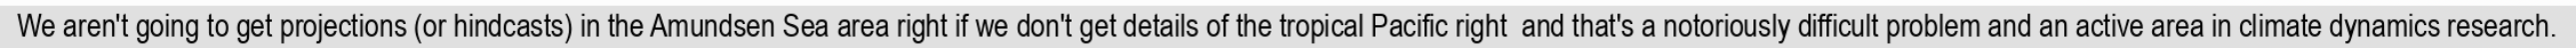
We aren't going to get projections (or hindcasts) in the Amundsen Sea area right if we don't get details of the tropical Pacific right  and that's a notoriously difficult problem and an active area in climate dynamics research.